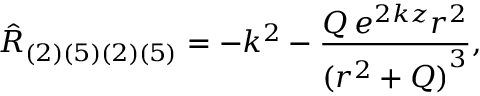
{ \hat { R } } _ { ( 2 ) ( 5 ) ( 2 ) ( 5 ) } = - k ^ { 2 } - \frac { Q \, e ^ { 2 k z } r ^ { 2 } } { { ( r ^ { 2 } + Q ) } ^ { 3 } } ,